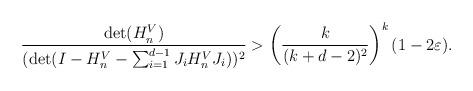
LaTeX: \begin{align*}\frac{\det(H_n^V)}{(\det(I-H_n^V-\sum_{i=1}^{d-1}J_iH_n^VJ_i))^2} > \left(\frac{k}{(k+d-2)^2}\right)^k(1-2\varepsilon).\end{align*}